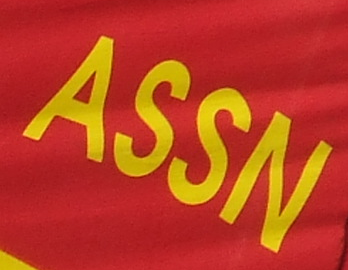
ASSN